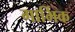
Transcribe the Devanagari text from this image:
गार्भिक